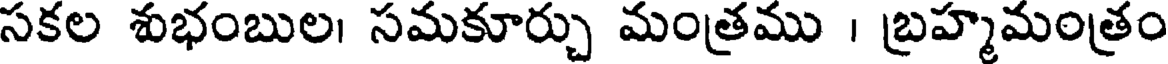
సకల శుభంబుల। సమకూర్చు మంత్రము । బ్రహ్మమంత్రం